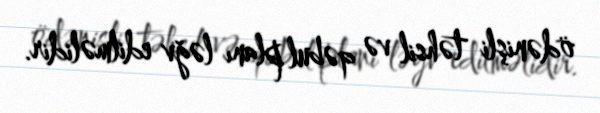
ödənişli təhsil və qəbul planı ləğv edilməlidir.